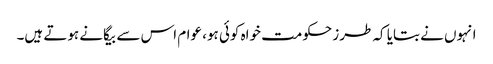
انہوں نے بتایا کہ طرز حکومت خواہ کوئی ہو، عوام اس سے بیگانے ہوتے ہیں۔